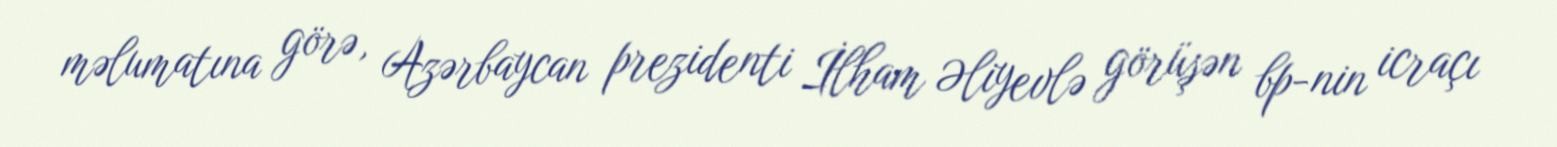
məlumatına görə, Azərbaycan prezidenti İlham Əliyevlə görüşən bp-nin icraçı